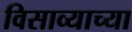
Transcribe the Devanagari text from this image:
विसाव्याच्या